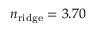
n _ { \mathrm { r i d g e } } = 3 . 7 0